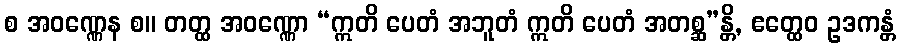
စ အဝဏ္ဏေန စ။ တတ္ထ အဝဏ္ဏော “ဣတိ ပေတံ အဘူတံ ဣတိ ပေတံ အတစ္ဆ”န္တိ, ဧတ္ထေဝ ဥဒကန္တံ